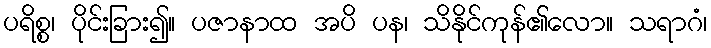
ပရိစ္စ၊ ပိုင်းခြား၍။ ပဇာနာထ အပိ ပန၊ သိနိုင်ကုန်၏လော။ သရာဂံ၊